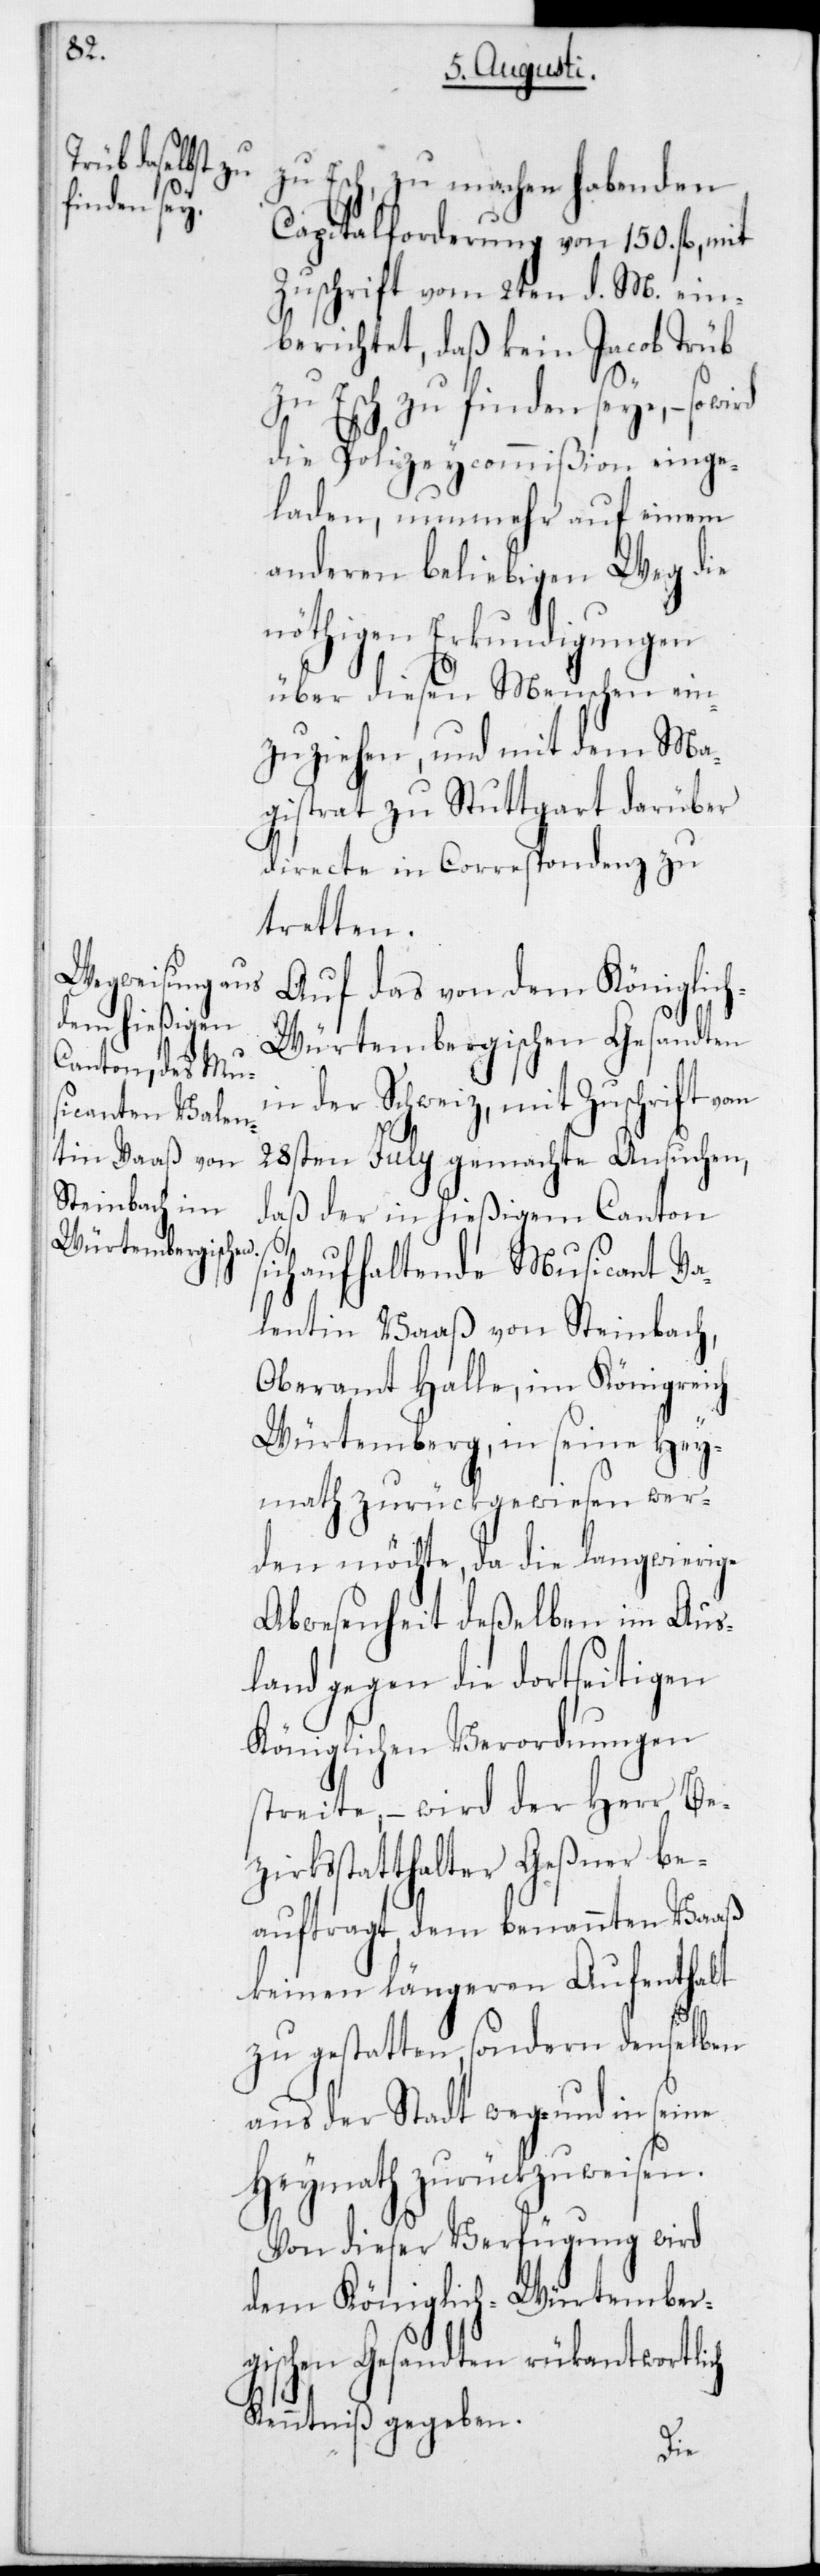
s¬

zu Esch, zu machen habenden
Capitalforderung von 150 fl. mit
Zuschrift vom 2ten d. M. ein¬
berichtet, daß kein Jacob Trüb
zu Esch zu finden seye, – so
die Polizeycommißion einge¬
laden, nunmehr auf einem
anderen beliebigen Weg die
nöthigen Erkundigungen
über diesen Menschen ein¬
zuziehen, und mit dem Ma¬
gistrat zu Stuttgart darüber
directe in Correspondenz zu
tretten.
Auf das von dem Königlic¬
h-Würtembergischen Gesandten
in der Schweiz, mit Zuschrift vom
28sten July gemachte Ansuchen,
daß der in hießigem Canton
ich aufhaltende Musicant Va¬
lentin Vaaß von Steinbach,
Oberamt Halle, im Königreich
Würtemberg, in seine Hey¬
math zurückgewiesen wer¬
den möchte, da die langwierige
Abwesenheit deßelben im Aus¬
land gegen die dortseitigen
Königlichen Verordnungen
streite, – wird der Herr Be¬
zirksstatthalter Geßner be¬
auftragt, dem benannten Vaaß
keinen längeren Aufenthalt
zu gestatten, sondern denselben
aus der Stadt weg – und in seine
Heymath zurückzuweisen.
Von dieser Verfügung wird
dem Königlich-Würtember¬
gischen Gesandten rückantwortlich
Kenntniß gegeben.